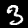
Digit: 3